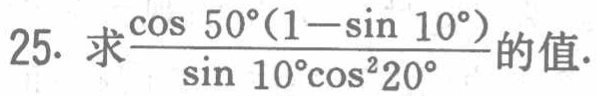
求\(\frac{\cos 50^{\circ}(1 - \sin 10^{\circ})}{\sin 10^{\circ}\cos^{2}20^{\circ}}\)的值.